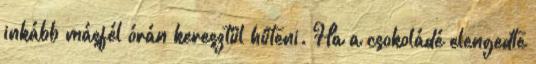
inkább másfél órán keresztül hűteni. Ha a csokoládé elengedte